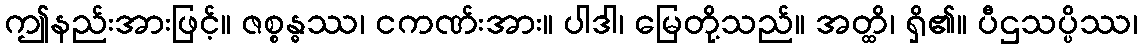
ဤနည်းအားဖြင့်။ ဇစ္စန္ဓဿ၊ ငကဏ်းအား။ ပါဒါ၊ မြေတို့သည်။ အတ္ထိ၊ ရှိ၏။ ပီဌသပ္ပိဿ၊